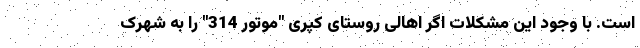
است. با وجود این مشکلات اگر اهالی روستای کپری "موتور 314" را به شهرک